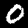
Digit: 0